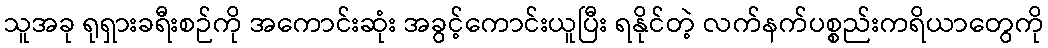
သူအခု ရုရှားခရီးစဉ်ကို အကောင်းဆုံး အခွင့်ကောင်းယူပြီး ရနိုင်တဲ့ လက်နက်ပစ္စည်းကရိယာတွေကို